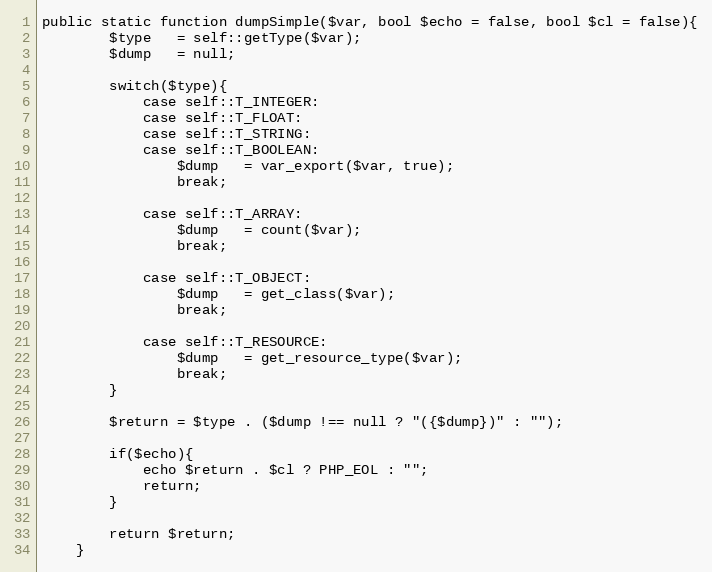
Language: PHP
public static function dumpSimple($var, bool $echo = false, bool $cl = false){
        $type   = self::getType($var);
        $dump   = null;

        switch($type){
            case self::T_INTEGER:
            case self::T_FLOAT:
            case self::T_STRING:
            case self::T_BOOLEAN:
                $dump   = var_export($var, true);
                break;

            case self::T_ARRAY:
                $dump   = count($var);
                break;

            case self::T_OBJECT:
                $dump   = get_class($var);
                break;

            case self::T_RESOURCE:
                $dump   = get_resource_type($var);
                break;
        }

        $return = $type . ($dump !== null ? "({$dump})" : "");

        if($echo){
            echo $return . $cl ? PHP_EOL : "";
            return;
        }

        return $return;
    }